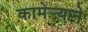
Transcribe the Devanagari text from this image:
कामेर्‍याने